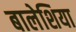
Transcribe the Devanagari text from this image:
बालेशिया